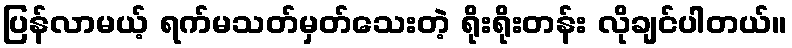
ပြန်လာမယ့် ရက်မသတ်မှတ်သေးတဲ့ ရိုးရိုးတန်း လိုချင်ပါတယ်။